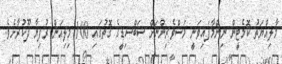
މާލިއްޔަތު ކޮމެޓީން ނިންމާފައިވަނީ މަސްވެރިންނަށް ސަބްސިޑީގެ ގޮތުގައި 100 މިލިއަން ރުފިޔާ ދޫކުރާށެވެ.